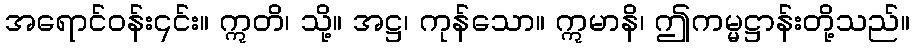
အရောင်ဝန်း၎င်း။ ဣတိ၊ သို့။ အဋ္ဌ၊ ကုန်သော။ ဣမာနိ၊ ဤကမ္မဋ္ဌာန်းတို့သည်။